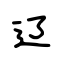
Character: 辽